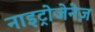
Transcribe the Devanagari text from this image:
नाइट्रोजेनेज़